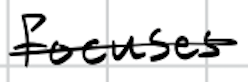
Text: focuses
Cross-out: single-line
Writing tool: digital_black